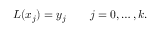
L ( x _ { j } ) = y _ { j } \qquad j = 0 , \ldots , k .